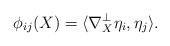
\begin{align*} \phi_{ij}(X)=\langle\nabla^\perp_X \eta_i,\eta_j\rangle.\end{align*}